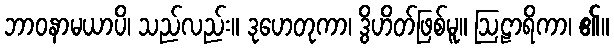
ဘာဝနာမယာပိ၊ သည်လည်း။ ဒုဟေတုကာ၊ ဒွိဟိတ်ဖြစ်မူ။ ဩဠာရိကာ၊ ၏။